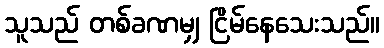
သူသည် တစ်ခဏမျှ ငြိမ်နေသေးသည်။